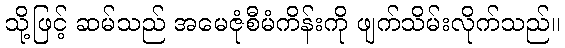
သို့ဖြင့် ဆမ်သည် အမေဇုံစီမံကိန်းကို ဖျက်သိမ်းလိုက်သည်။